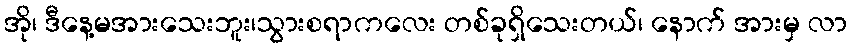
အို၊ ဒီနေ့မအားသေးဘူး၊သွားစရာကလေး တစ်ခုရှိသေးတယ်၊ နောက် အားမှ လာ